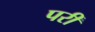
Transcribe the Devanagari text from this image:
परीं